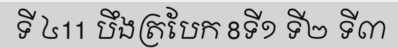
ទី ៤11 បឹងត្របែក 8ទី១ ទី២ ទី៣